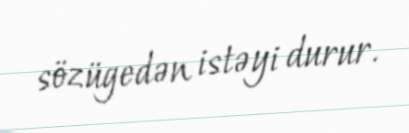
sözügedən istəyi durur.